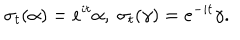
\sigma _ { t } ( \alpha ) = e ^ { i t } \alpha , \; \sigma _ { t } ( \gamma ) = e ^ { - i t } \gamma .